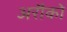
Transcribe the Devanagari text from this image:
अरौको